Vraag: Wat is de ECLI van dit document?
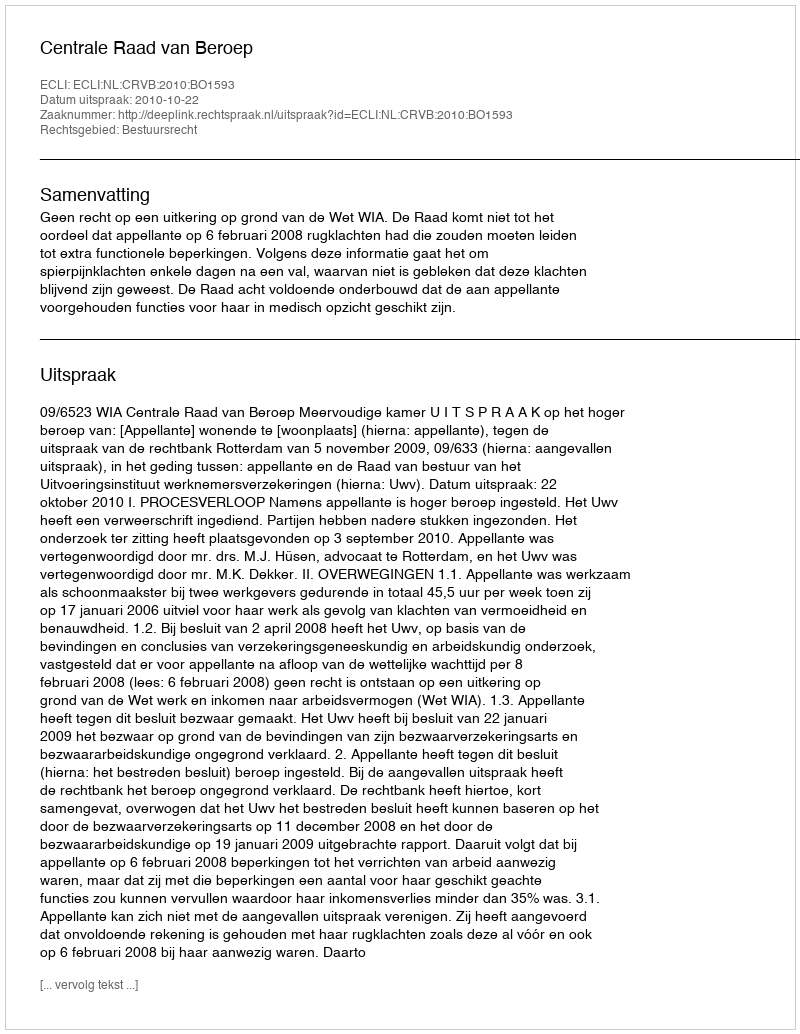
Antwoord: ECLI:NL:CRVB:2010:BO1593